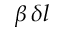
\beta \, \delta l